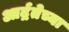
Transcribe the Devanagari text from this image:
आर्द्रतेच्या